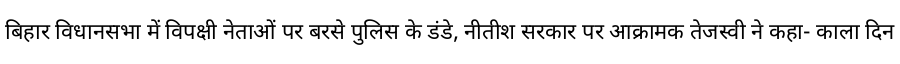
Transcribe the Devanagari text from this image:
बिहार विधानसभा में विपक्षी नेताओं पर बरसे पुलिस के डंडे, नीतीश सरकार पर आक्रामक तेजस्वी ने कहा- काला दिन